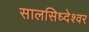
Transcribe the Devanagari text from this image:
सालसिध्‍देश्‍वर